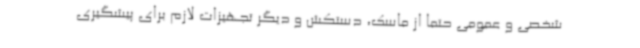
شخصی و عمومی حتما از ماسک، دستکش و دیگر تجهیزات لازم برای پیشگیری